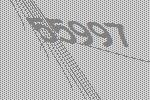
55997